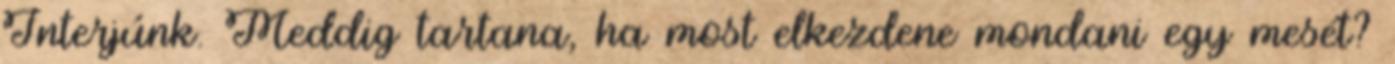
Interjúnk. Meddig tartana, ha most elkezdene mondani egy mesét?